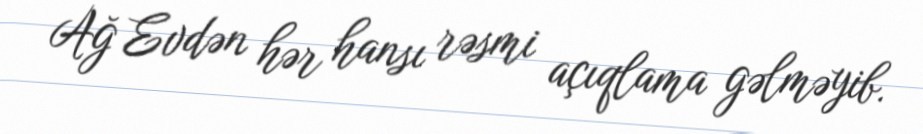
Ağ Evdən hər hansı rəsmi açıqlama gəlməyib.